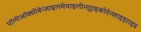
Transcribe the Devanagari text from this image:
पॉलीऑक्सीबेन्ज़ाइलमेथाइलीनग्लाइकोऐनहाइड्राइड